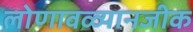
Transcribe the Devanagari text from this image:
लोणावळ्यानजीक